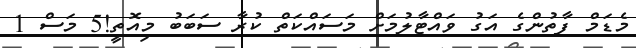
މެޑަމް ފާތުންގެ އަގު ވައްޓާލުމަށް މަސައްކަތް ކުރާ ސަބަބު މިއޮތީ!5 މަސް 1